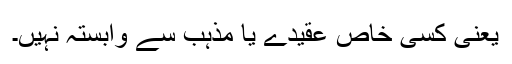
یعنی کسی خاص عقیدے یا مذہب سے وابستہ نہیں۔